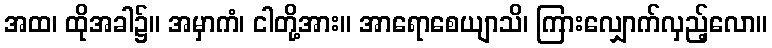
အထ၊ ထိုအခါ၌။ အမှာကံ၊ ငါတို့အား။ အာရောစေယျာသိ၊ ကြားလျှောက်လှည့်လော။